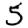
Digit: 5